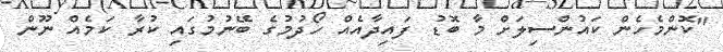
"ކޮންމެހެން ކައުންސިލަށް މާ ބޮޑު ފައިދާއެއް ހޯދުމުގެ ބޭނުމުގައި ކުރާ ކަމެއް ނޫން